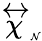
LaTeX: \stackrel{\leftrightarrow}{\chi}_{\tiny\mathcal{N}}